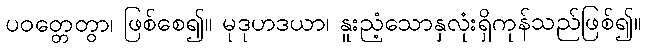
ပဝတ္တေတွာ၊ ဖြစ်စေ၍။ မုဒုဟဒယာ၊ နူးညံ့သောနှလုံးရှိကုန်သည်ဖြစ်၍။